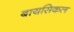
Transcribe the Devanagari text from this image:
बायसिकल